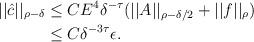
LaTeX: \begin{align*} ||\hat{c}||_{\rho-\delta}&\le CE^4\delta^{-\tau}(||A||_{\rho-\delta/2}+||f||_{\rho})\\ &\le C\delta^{-3\tau}\epsilon. \end{align*}